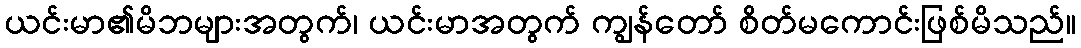
ယင်းမာ၏မိဘများအတွက်၊ ယင်းမာအတွက် ကျွန်တော် စိတ်မကောင်းဖြစ်မိသည်။